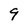
Character: 9